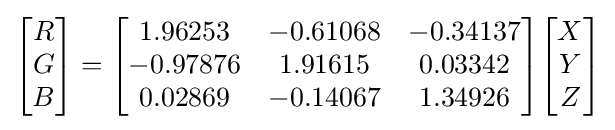
{\begin{bmatrix}R\\G\\B\end{bmatrix}}={\begin{bmatrix}1.96253&-0.61068&-0.34137\\-0.97876&1.91615&0.03342\\0.02869&-0.14067&1.34926\end{bmatrix}}{\begin{bmatrix}X\\Y\\Z\end{bmatrix}}